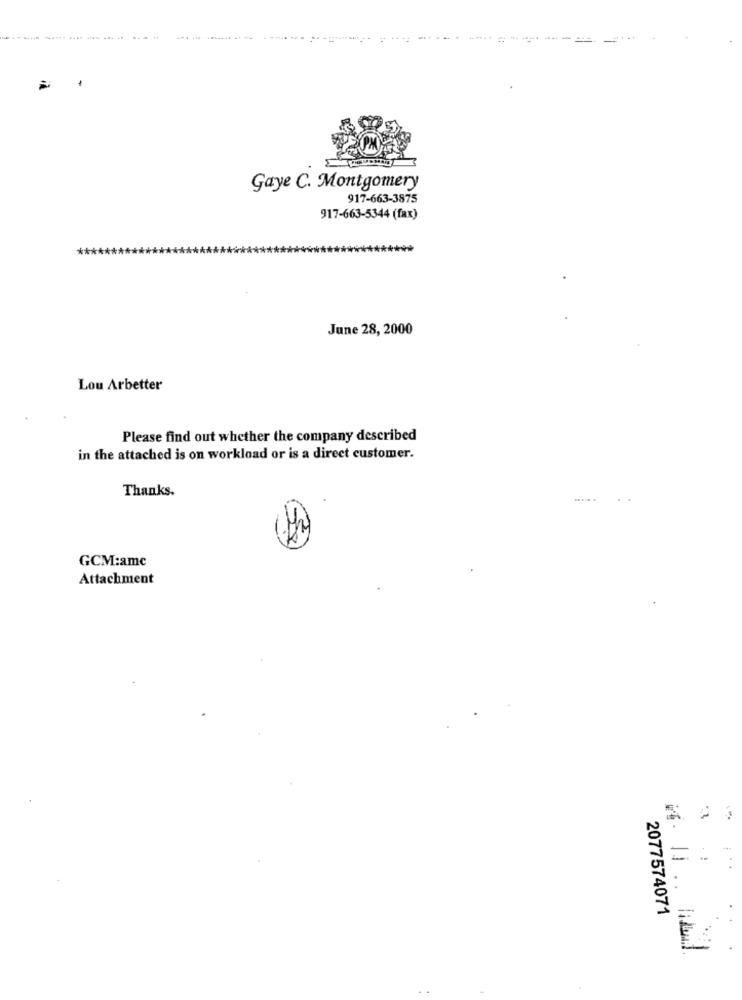
.
Gaye C. Montgomery
917-663-3875
917-663-5344 (fax)
June 28, 2000
Lou Arbetter
Please find out whether the company described
in the attached is on workload or is a direct customer.
Thanks.
GCM:amc
Attachment
=:
2077574071